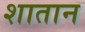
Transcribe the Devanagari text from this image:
शातान